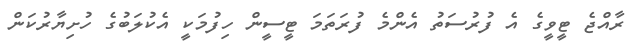
ރާއްޖެ ޓީވީގެ އެ ފުރުސަތު އެންމެ ފުރަތަމަ ޓީސީން ހިފުމަކީ އެކުލަބުގެ ހުށިޔާރުކަން